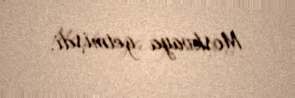
Moskvaya getmişdi.